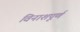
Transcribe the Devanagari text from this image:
विनाशपूर्ण